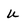
Character: u